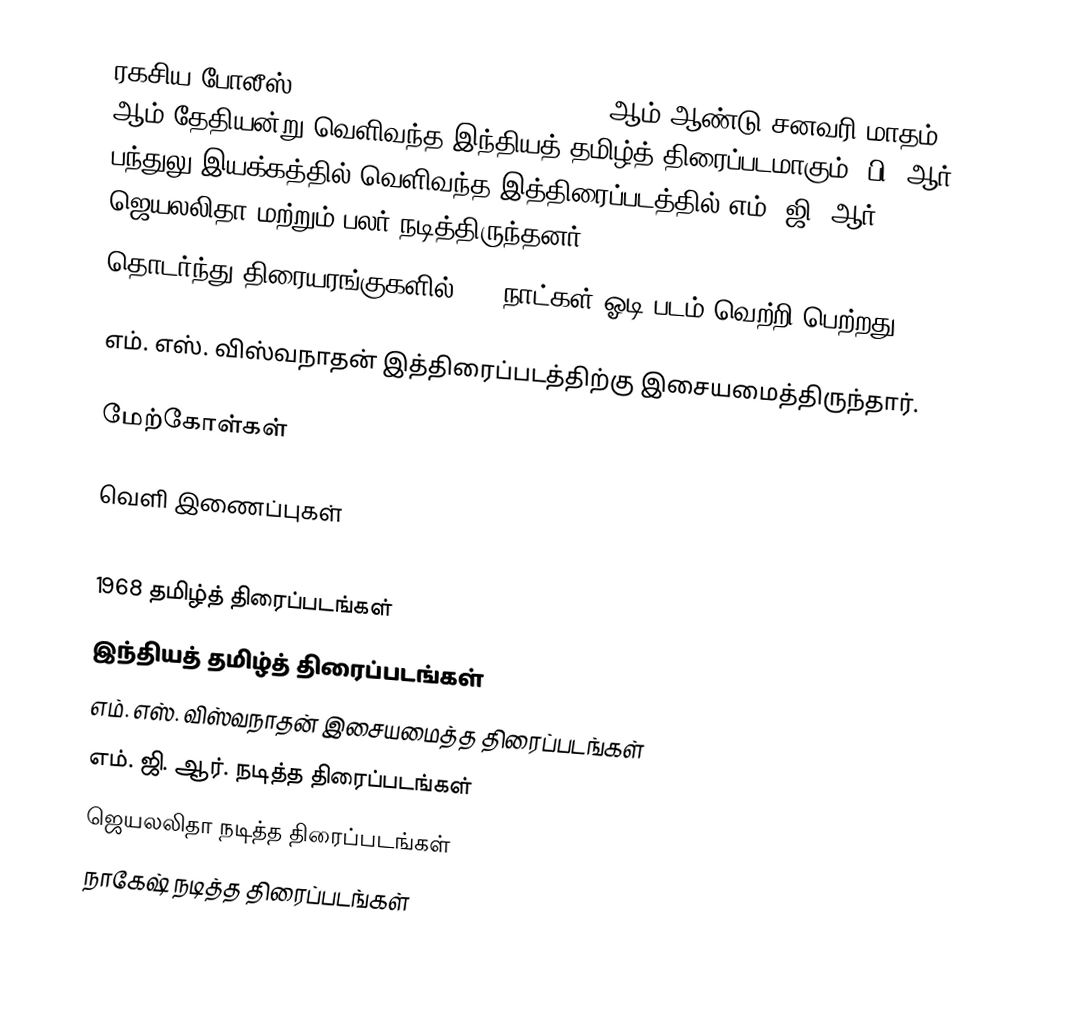
ரகசிய போலீஸ் 115 (Ragasiya Police 115) 1968 ஆம் ஆண்டு சனவரி மாதம் 11 ஆம் தேதியன்று வெளிவந்த இந்தியத் தமிழ்த் திரைப்படமாகும். பி. ஆர். பந்துலு இயக்கத்தில் வெளிவந்த இத்திரைப்படத்தில் எம். ஜி. ஆர், ஜெயலலிதா மற்றும் பலர் நடித்திருந்தனர்.
தொடர்ந்து திரையரங்குகளில் 100 நாட்கள் ஓடி படம் வெற்றி பெற்றது.

எம். எஸ். விஸ்வநாதன் இத்திரைப்படத்திற்கு இசையமைத்திருந்தார்.

மேற்கோள்கள்

வெளி இணைப்புகள்

1968 தமிழ்த் திரைப்படங்கள்
இந்தியத் தமிழ்த் திரைப்படங்கள்
எம். எஸ். விஸ்வநாதன் இசையமைத்த திரைப்படங்கள்
எம். ஜி. ஆர். நடித்த திரைப்படங்கள்
ஜெயலலிதா நடித்த திரைப்படங்கள்
நாகேஷ் நடித்த திரைப்படங்கள்